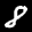
Label: 8